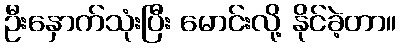
ဦးနှောက်သုံးပြီး မောင်းလို့ နိုင်ခဲ့တာ။